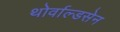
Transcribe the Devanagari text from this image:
थोर्वाल्डसेन